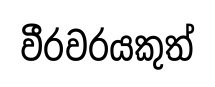
වීරවරයකුත්